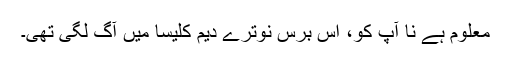
معلوم ہے نا آپ کو، اس برس نوترے دیم کلیسا میں آگ لگی تھی۔